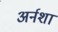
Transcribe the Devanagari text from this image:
अर्नशा